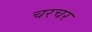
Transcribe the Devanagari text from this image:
चरचर